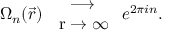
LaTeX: \Omega _ { n } { ( \vec { r } ) } \begin{array} { c } { { \longrightarrow } } \\ { { \mathrm { \tiny ~ { \vec { ~ } r } \to \infty ~ } } } \end{array} e ^ { 2 \pi i n } . \nonumber